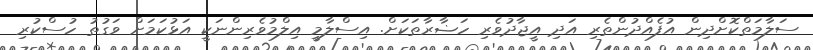
ސަލާމަތްކޮށްދިން އުފެއްދުންތެރި އަދި އީޖާދުވެރި ހަޟާރާތަކަށް. އިސްލާމީ އިލްމުވެރިންނަކީ އަޅުކަމަށް ވަގުތު ހުސްކުރި